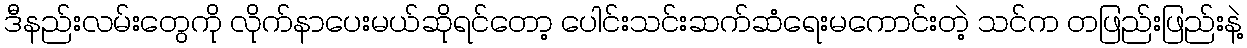
ဒီနည်းလမ်းတွေကို လိုက်နာပေးမယ်ဆိုရင်တော့ ပေါင်းသင်းဆက်ဆံရေးမကောင်းတဲ့ သင်က တဖြည်းဖြည်းနဲ့